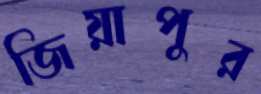
জিয়াপুর